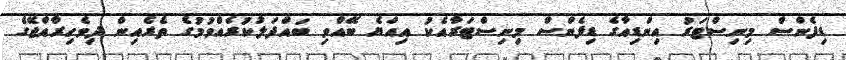
ޑިފެންސް މިނިސްޓަރު އިންޑިއާގެ ޑިފެންސް މިނިސްޓަރާއެކު އިއްޔެ ބޭއްވި ބައްދަލުކުރެއްވުމުގެ ތެރެއިން ދިވެހިރާއްޖޭގެ